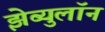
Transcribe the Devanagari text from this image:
झेब्युलॉन